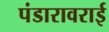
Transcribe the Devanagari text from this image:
पंडारावराई